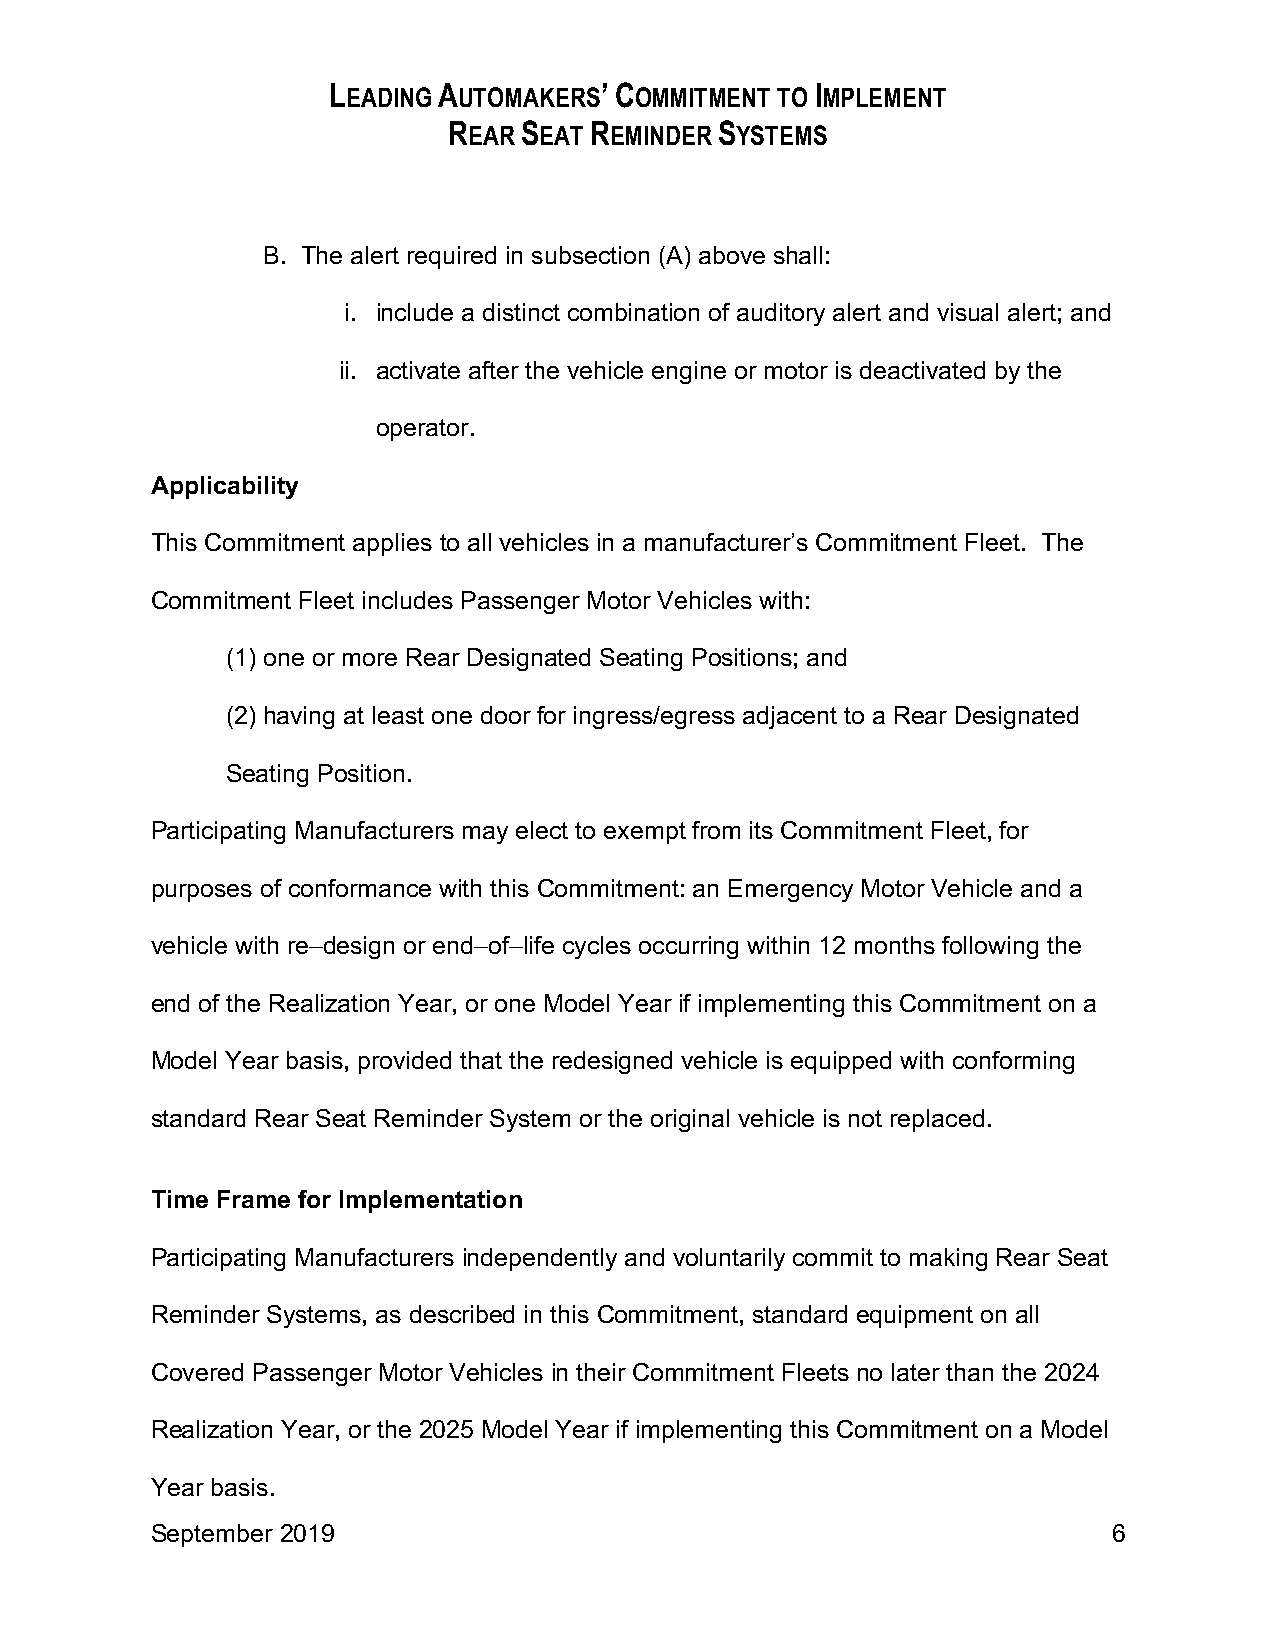
LEADING AUTOMAKERS’ COMMITMENT TO IMPLEMENT
 REAR SEAT REMINDER SYSTEMS
 B. The alert required in subsection (A) above shall:
 i. include a distinct combination of auditory alert and visual alert; and
 ii. activate after the vehicle engine or motor is deactivated by the
 operator.
 Applicability
 This Commitment applies to all vehicles in a manufacturer’s Commitment Fleet. The
 Commitment Fleet includes Passenger Motor Vehicles with:
 (1) one or more Rear Designated Seating Positions; and
 (2) having at least one door for ingress/egress adjacent to a Rear Designated
 Seating Position.
 Participating Manufacturers may elect to exempt from its Commitment Fleet, for
 purposes of conformance with this Commitment: an Emergency Motor Vehicle and a
 vehicle with re–design or end–of–life cycles occurring within 12 months following the
 end of the Realization Year, or one Model Year if implementing this Commitment on a
 Model Year basis, provided that the redesigned vehicle is equipped with conforming
 standard Rear Seat Reminder System or the original vehicle is not replaced.
 Time Frame for Implementation
 Participating Manufacturers independently and voluntarily commit to making Rear Seat
 Reminder Systems, as described in this Commitment, standard equipment on all
 Covered Passenger Motor Vehicles in their Commitment Fleets no later than the 2024
 Realization Year, or the 2025 Model Year if implementing this Commitment on a Model
 Year basis.
 September 2019                                                  6